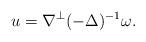
LaTeX: \begin{align*} u=\nabla^{\perp}(-\Delta)^{-1}\omega. \end{align*}